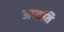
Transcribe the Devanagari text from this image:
अप्ह्रति